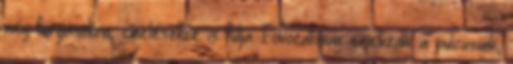
még forgásokra, emelésekre is futja. Fokozatosan emelkedik a pulzusunk,